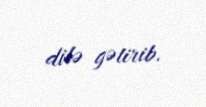
dilə gətirib.